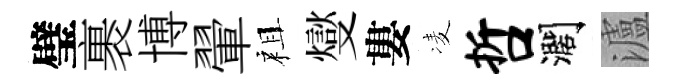
璧裹博翬祖燮婁凌哲濶瀘